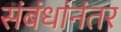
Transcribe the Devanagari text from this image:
संबंधांनंतर